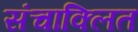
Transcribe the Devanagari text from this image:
संचाक्लित